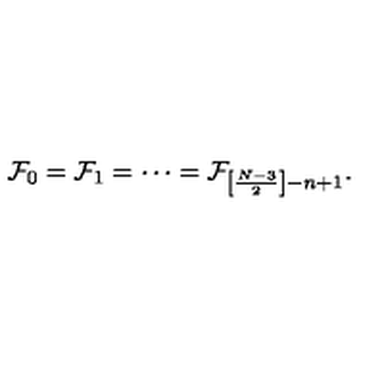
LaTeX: { \cal F } _ { 0 } = { \cal F } _ { 1 } = \cdots = { \cal F } _ { \left[ \frac { N - 3 } { 2 } \right] - n + 1 } .